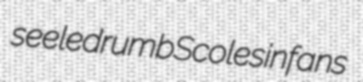
seeled rumb Scoles infans